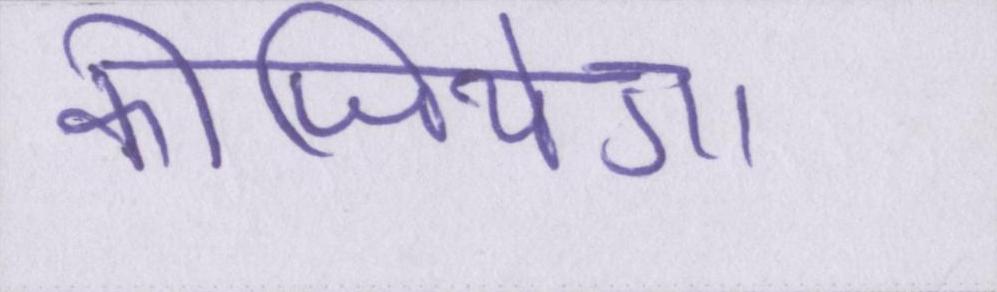
कीजियेगा